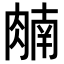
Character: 𬛈